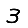
Digit: 3